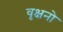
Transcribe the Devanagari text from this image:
वृक्षनो